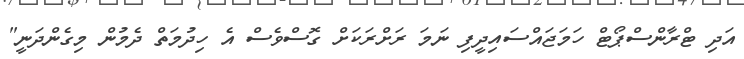
އަދި ޓްރާންސްޕޯޓް ހަމަޖައްސައިދީފި ނަމަ ރަށްރަކަށް ގޮސްވެސް އެ ހިދުމަތް ދެމުން މިގެންދަނީ"